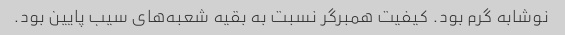
نوشابه گرم بود. کیفیت همبرگر نسبت به بقیه شعبه‌های سیب پایین بود.